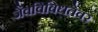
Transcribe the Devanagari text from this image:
जैवविविधतेवर